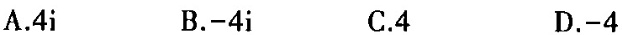
A.4i B.-4i C.4 D.-4